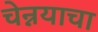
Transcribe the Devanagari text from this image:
चेन्नयाचा